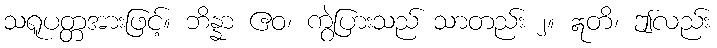
သရူပတ္တအားဖြင့်။ ဘိန္နာ ဧဝ၊ ကွဲပြားသည် သာတည်း ၂။ ဣတိ၊ ဤလည်း